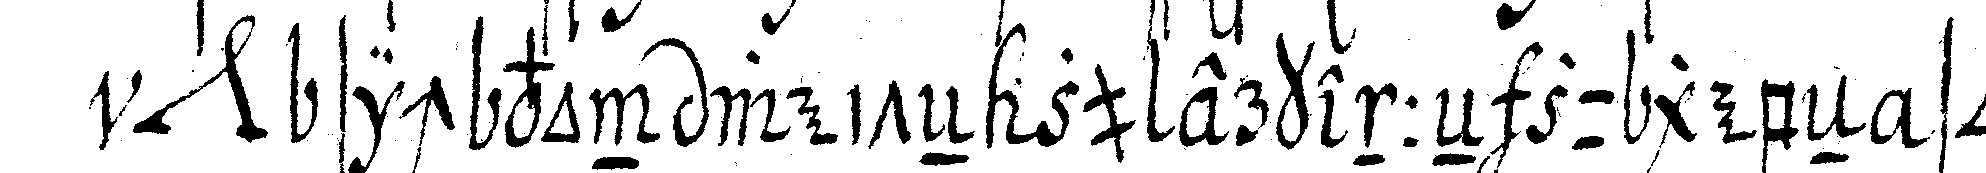
*nee* sich von weiteN zu erkenneN zu gebeN so